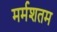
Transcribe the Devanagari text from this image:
मर्मशतम